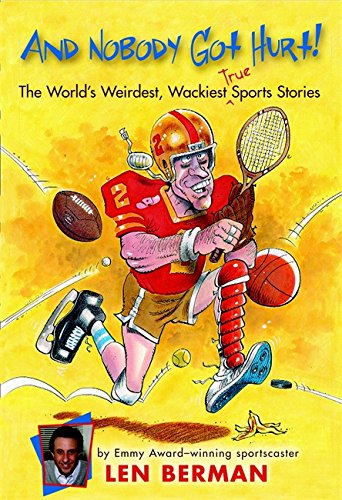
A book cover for And Nobody Got Hurt!: The World's Weirdest, Wackiest True Sports Stories; Len Berman; Children's Books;